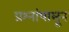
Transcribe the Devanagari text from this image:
प्रश्नांपासून